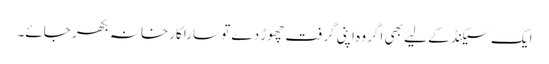
ایک سیکنڈ کے لیے بھی اگر وہ اپنی گرفت چھوڑ دے تو سارا کارخانہ بکھر جائے۔